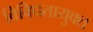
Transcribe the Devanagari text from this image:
विविधतायुक्त